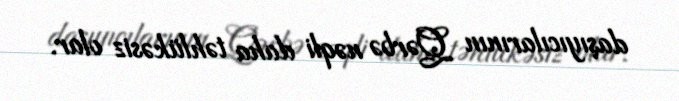
daşıyıcılarının Qərbə nəqli daha təhlükəsiz olar.